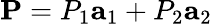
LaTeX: {\mathbf P}=P_{1}{\mathbf a}_{1}+P_{2}{\mathbf a}_{2}